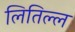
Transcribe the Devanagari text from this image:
लितिल्ल